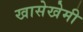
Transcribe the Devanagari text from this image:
खासेखेमी